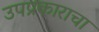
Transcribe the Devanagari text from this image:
उपप्रकाराचा